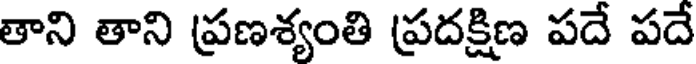
తాని తాని ప్రణశ్యంతి ప్రదక్షిణ పదే పదే